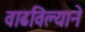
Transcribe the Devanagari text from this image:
वाढविल्याने